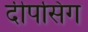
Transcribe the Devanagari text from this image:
दीपसिंग